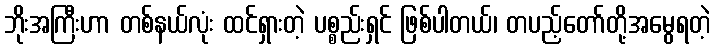
ဘိုးအကြီးဟာ တစ်နယ်လုံး ထင်ရှားတဲ့ ပစ္စည်းရှင် ဖြစ်ပါတယ်၊ တပည့်တော်တို့အမွေရတဲ့